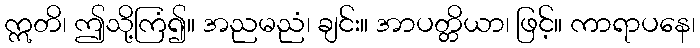
ဣတိ၊ ဤသို့ကြံ၍။ အညမညံ၊ ချင်း။ အာပတ္တိယာ၊ ဖြင့်။ ကာရာပနေ၊